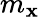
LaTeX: m_{\mathbf{x}}